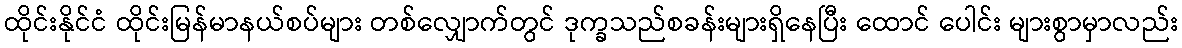
ထိုင်းနိုင်ငံ ထိုင်းမြန်မာနယ်စပ်များ တစ်လျှောက်တွင် ဒုက္ခသည်စခန်းများရှိနေပြီး ထောင် ပေါင်း များစွာမှာလည်း